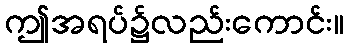
ဤအရပ်၌လည်းကောင်း။